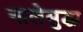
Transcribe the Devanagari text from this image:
नालेसुद्धा